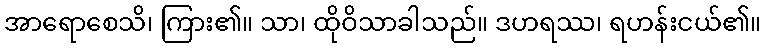
အာရောစေသိ၊ ကြား၏။ သာ၊ ထိုဝိသာခါသည်။ ဒဟရဿ၊ ရဟန်းငယ်၏။